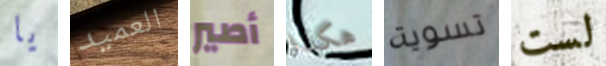
يا العميد أصير هكذا تسوية لست